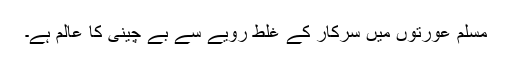
مسلم عورتوں میں سرکار کے غلط رویے سے بے چینی کا عالم ہے۔